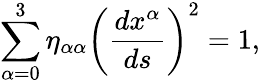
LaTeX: \sum_{\alpha=0}^{3}\eta_{\alpha\alpha}\left(\frac{dx^{\alpha}}{ds}\right)^{2}=1,